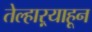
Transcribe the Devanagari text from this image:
तेल्हाऱ्याहून